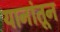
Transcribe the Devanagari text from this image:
यानांतून